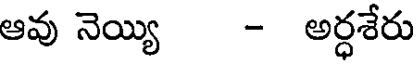
ఆవు నెయ్యి - అర్ధశేరు